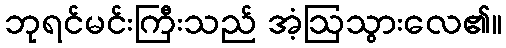
ဘုရင်မင်းကြီးသည် အံ့ဩသွားလေ၏။